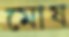
মোষ